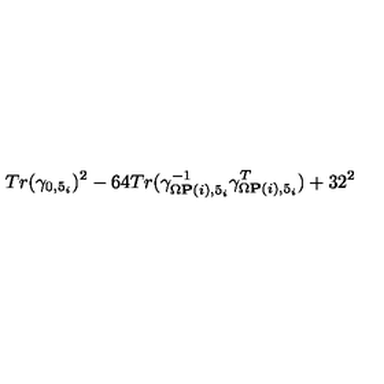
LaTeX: T r ( \gamma _ { 0 , 5 _ { i } } ) ^ { 2 } - 6 4 T r ( \gamma _ { \Omega { \bf P } ( i ) , 5 _ { i } } ^ { - 1 } \gamma _ { \Omega { \bf P } ( i ) , 5 _ { i } } ^ { T } ) + 3 2 ^ { 2 }